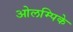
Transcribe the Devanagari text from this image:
ओलम्पिके